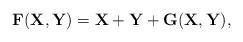
LaTeX: \begin{align*}\mathbf{F}(\mathbf{X}, \mathbf{Y}) = \mathbf{X} + \mathbf{Y} + \mathbf{G}(\mathbf{X}, \mathbf{Y}), \end{align*}